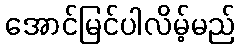
အောင်မြင်ပါလိမ့်မည်